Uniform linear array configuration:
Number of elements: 24
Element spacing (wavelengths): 0.25
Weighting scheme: binomial
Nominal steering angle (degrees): -45
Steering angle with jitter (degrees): -46.898
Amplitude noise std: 0.05
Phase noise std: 0.05

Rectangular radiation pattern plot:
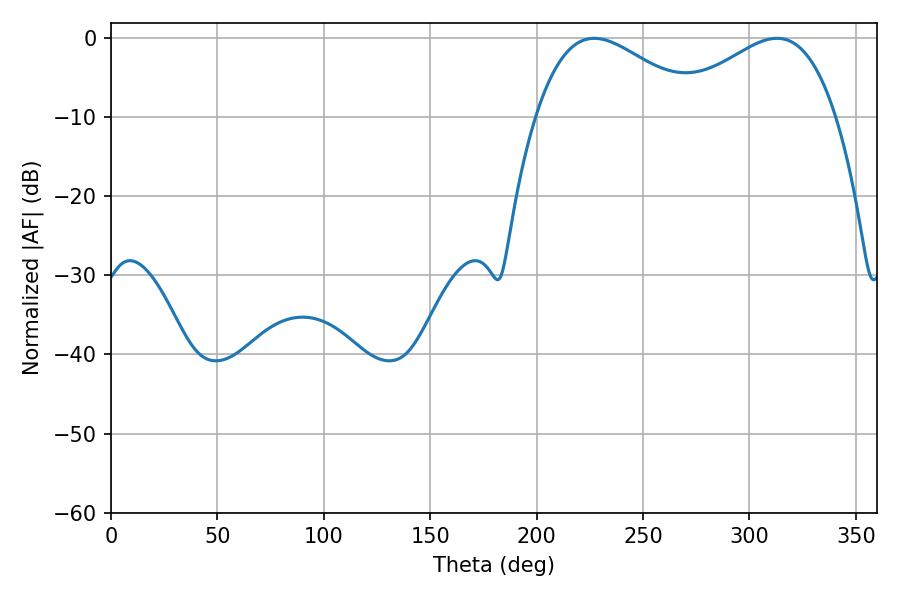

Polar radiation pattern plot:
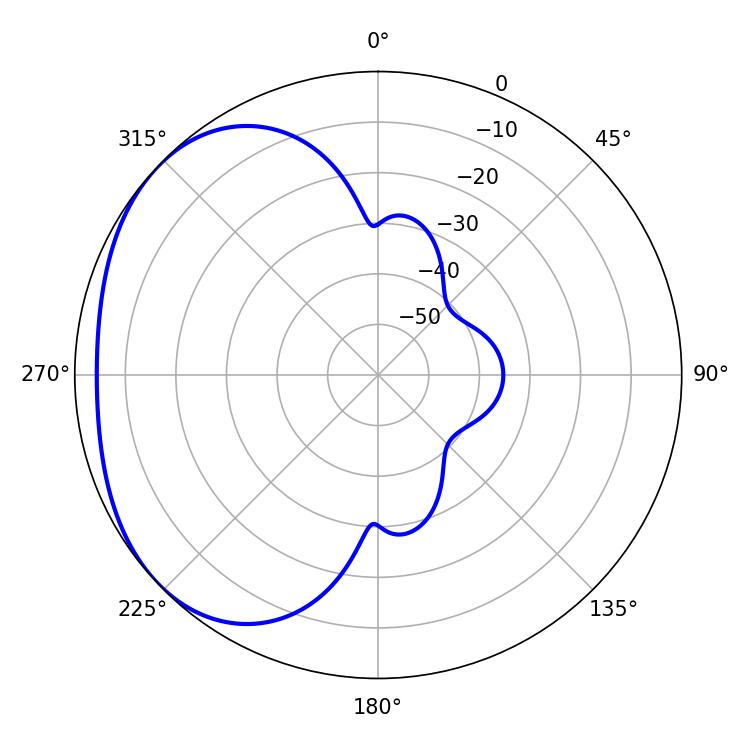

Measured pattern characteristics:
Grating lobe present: FALSE
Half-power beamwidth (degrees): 41.94
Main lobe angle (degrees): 226.98